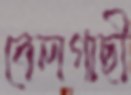
বেলগাছী